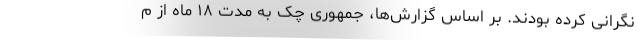
نگرانی کرده بودند. بر اساس گزارش‌ها، جمهوری چک به مدت ۱۸ ماه از م